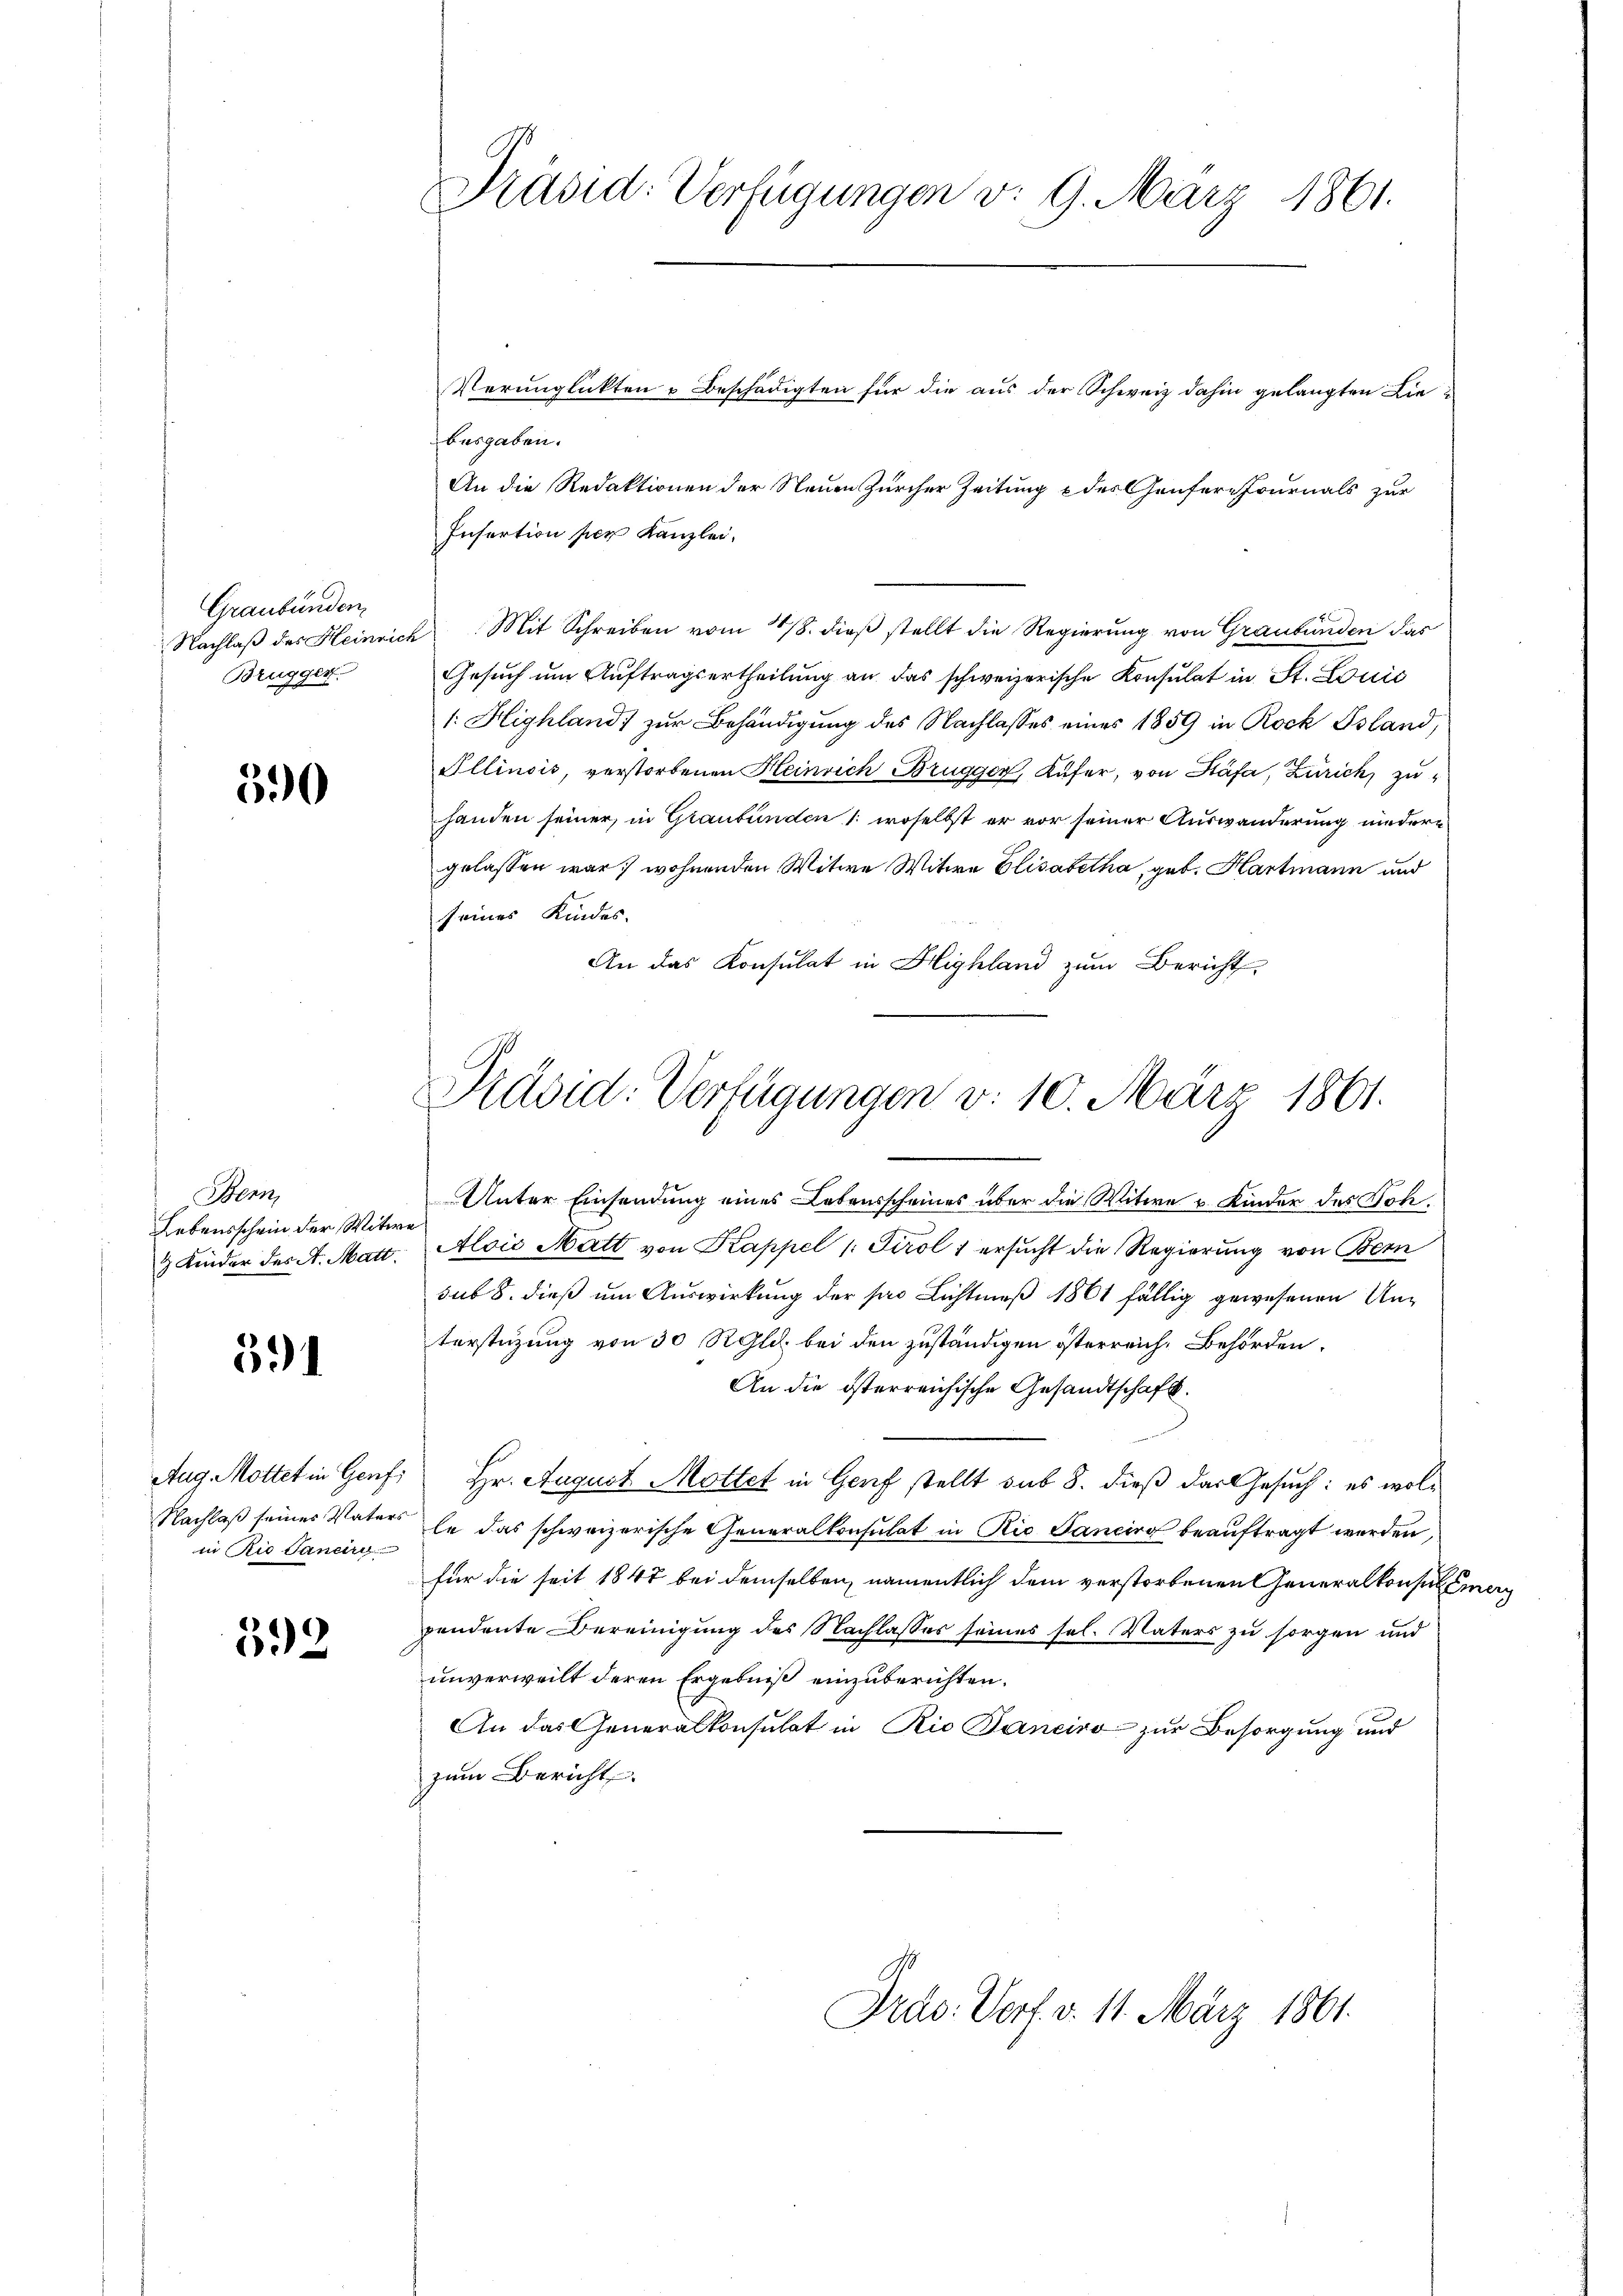
Graubünden,
Nachlaß des Heinrich
Brugger.

590

Bern,
Lebensschein der Witwe
3 Kinder des St. Matt.

591

Aug. Mottet in Genf,
Nachlaß seines Vaters
in Die Janeirg

592

Präsid. Verfügungen v. 9. März 1861.

Verunglickten Beschädigten für die aus der Schweiz dahin gelangten Liebesgaben.
An die Redaktionen der Neuen Zürcher Zeitung & des Genfern Journals zur
Infertion per Kanzlei,
Mit Schreiben vom 18. dieß stellt die Regierung von Graubünden das
Gesuch um Auftragsertheilung an das schweizerische Konsulat in St. Louić
1: Highland, zur Behändigung des Nachlasses eines 1859 in Rock Psland,
Ellinsis, verstorbenen Heinrich Brugger, Küfer, von Stäfa, Zürich, zuhanden seiner, in Graubünden 1: woselbst er vor seiner Auswanderung niedere
gelassen war, wohnenden Witwe Witwe Elisabetha, geb. Hartmann und
seines Kindes.
An das Konsulat in Highland zum Bericht
Pävid: Verfügungen d. 10. März 1861.
Unter Einsendung eines Lebensscheines über die Witwe u. Kinder des Joh.
Alois Matt von Kappel /: Tirol 1 ersucht die Regierung von Bern
sub 8. dieß um Auswirkung der so Lichtmeß 1861 fällig gewesenen Unterstüzung von 30 RGld. bei den zuständigen österreich, Behörden.
An die österreichische Gesandtschaft.
Hr. August Mottet in Genf stellt sub 8. dieß das Gesuch: es wolle das schweizerische Generalkonsulat in Ric Sanciro beauftragt werden,
für die seit 1847 bei demselben, namentlich dem verstorbenen Generalkonsul Emer
pendente Bereinigung des Nachlasses seines sel. Vaters zu sorgen und
unverweilt deren Ergebniß einzuberichten.
An das Generalkonsulat in Rio Sanciro zur Besorgung und
zum Bericht.

Prus. Dorf. v. 11. März 1861.